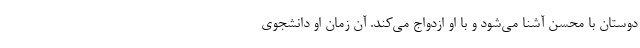
دوستان با محسن آشنا می‌شود و با او ازدواج می‌کند. آن زمان او دانشجوی